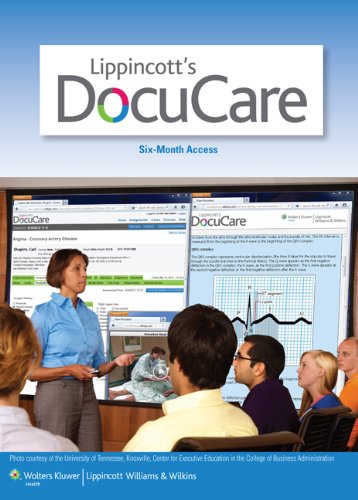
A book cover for Lippincott's DocuCare Internet Access Code for 6-Month Student Access; Medical Books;